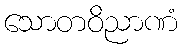
သောတဝိညာဏံ